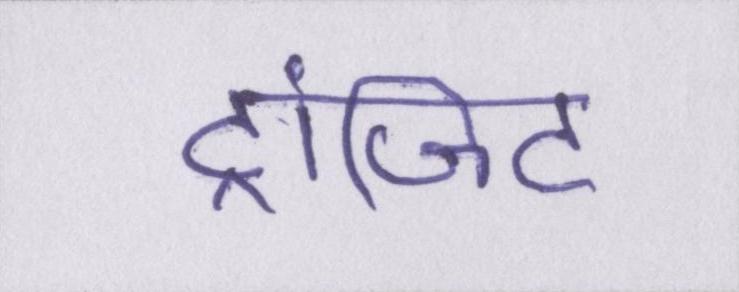
ट्रांजिट